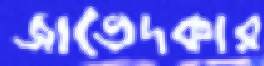
জাভেদকার